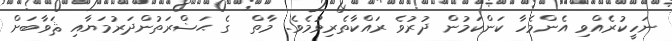
ނަހީކުރެއްވި އެންމެހާ ކަންކަމުން ދުރުވެ ރައްކާތެރިވުމެވެ. މާތް  ގެ ޙަޟްރަތުންދަރުމަޔާއި ޘަވާބަށް